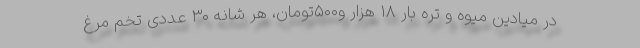
در میادین میوه و تره بار ۱۸ هزار و۵۰۰تومان، هر شانه ۳۰ عددی تخم مرغ